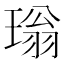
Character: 𮴫